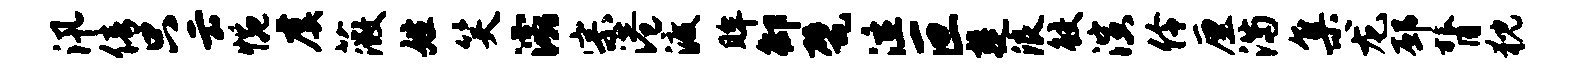
汛倩只云惋虞薇姓笑灞宗港渡眸御甓泣叵楚浪鲛演伶厘满集龙邳膂猊